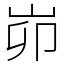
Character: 峁